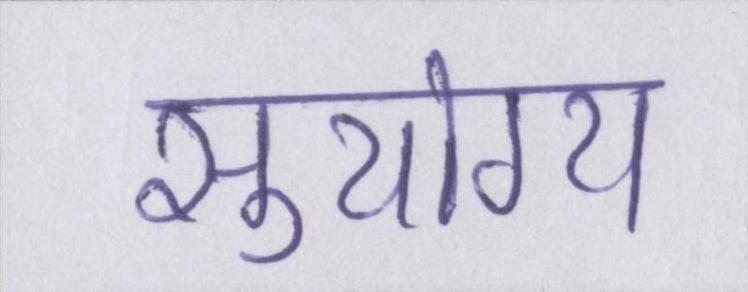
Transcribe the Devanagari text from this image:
सुयोग्य